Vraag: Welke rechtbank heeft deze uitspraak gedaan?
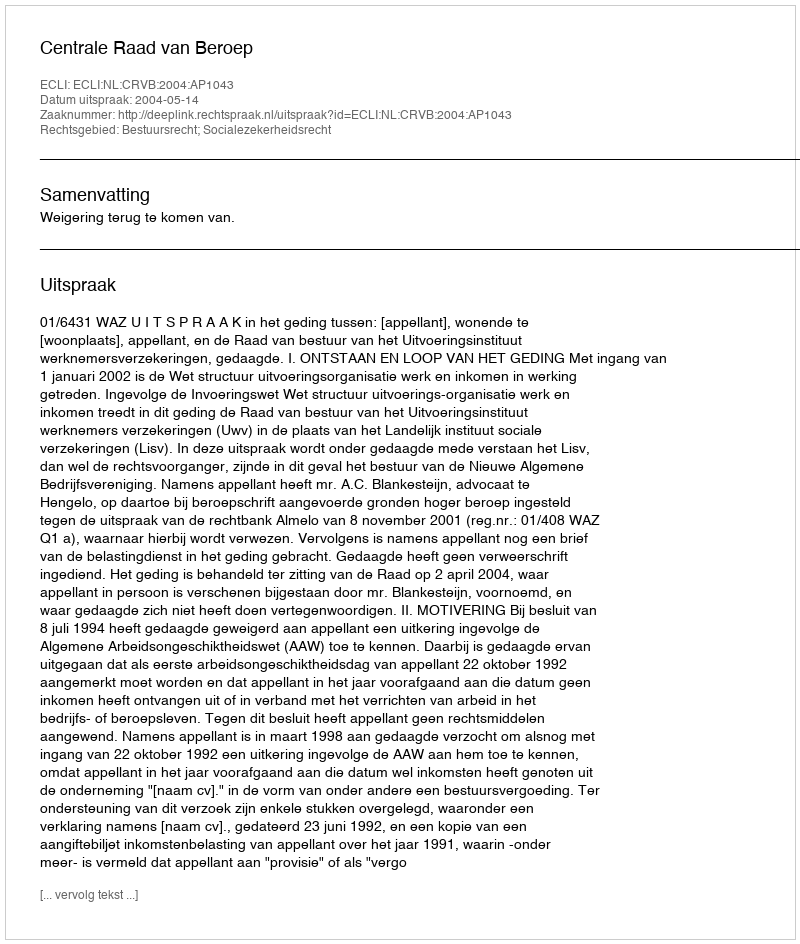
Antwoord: Centrale Raad van Beroep